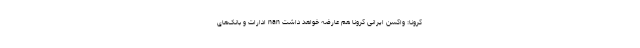
کرونا: واکسن ایرانی کرونا هم عارضه خواهد داشت nan ادارات و بانک‌های